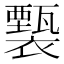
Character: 𧞙